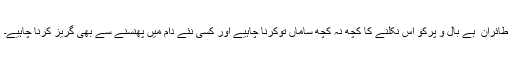
طائران ِ بے بال و پرکو اس نکلنے کا کچھ نہ کچھ ساماں توکرنا چاہیے اور کسی نئے دام میں پھنسنے سے بھی گریز کرنا چاہیے۔